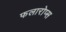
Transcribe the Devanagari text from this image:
फलारोप्स